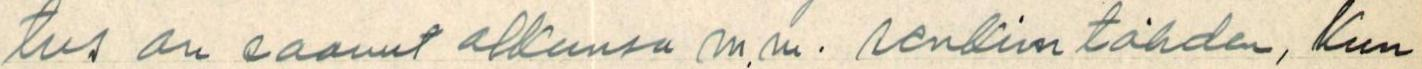
tus on saanut alkunsa m.m. senkin tähden, kun